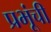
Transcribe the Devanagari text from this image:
प्रभूंची